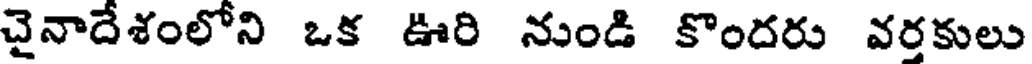
చైనాదేశంలోని ఒక ఊరి నుండి కొందరు వర్తకులు